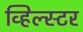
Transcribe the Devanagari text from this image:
व्हिल्स्टर